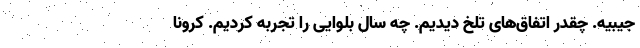
جیبیه. چقدر اتفاق‌های تلخ دیدیم. چه سال بلوایی را تجربه کردیم. کرونا